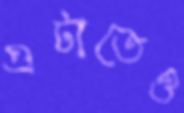
এটাতেও